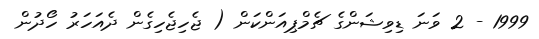
1999 - 2 ވަނަ ޑިވިޝަންގެ ޗެމްޕިއަންކަން ( ޖެހިޖެހިގެން ދެއަހަރު ހޯދުން